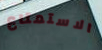
الاستمتاع